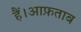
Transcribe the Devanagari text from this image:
हैं।आफ़ताब